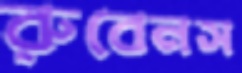
রুবেনস